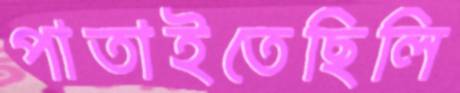
পাতাইতেছিলি